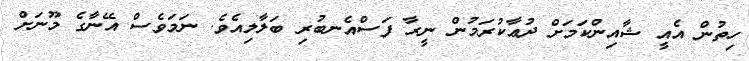
ހިތުން އެއީ ޝާއިންކަމަށް ދުޢާކުރަމުން ނީރާ ފަސްއެނބުރި ބަލާލިއެވެ. ނަމަވެސް އޭނާގެ މޫނަށް